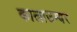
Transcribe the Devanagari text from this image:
कालाउम्बर